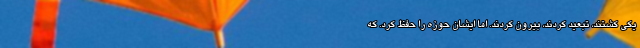
یکی کشتند، تبعید کردند، بیرون کردند. اما ایشان حوزه را حفظ کرد. که